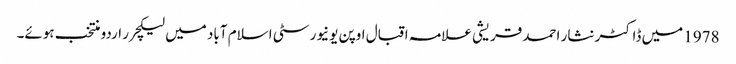
1978 میں ڈاکٹر نثار احمد قریشی علامہ اقبال اوپن یونیورسٹی اسلام آباد میں لیکچرر اردو منتخب ہوئے۔